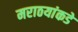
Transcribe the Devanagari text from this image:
मराठयांकडे